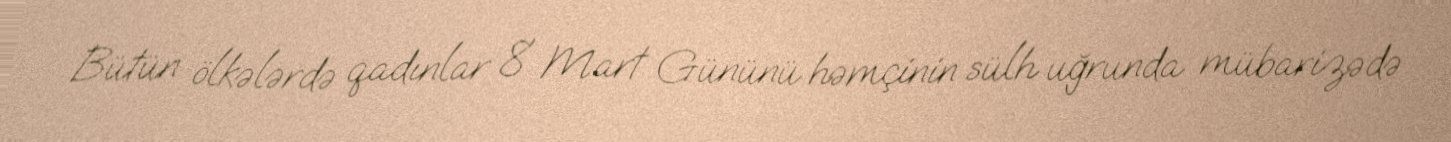
Bütün ölkələrdə qadınlar 8 Mart Gününü həmçinin sülh uğrunda mübarizədə